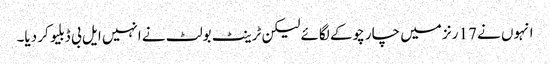
انہوں نے 17 رنز میں چار چوکے لگائے لیکن ٹرینٹ بولٹ نے انہیں ایل بی ڈبلیو کر دیا۔